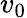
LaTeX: v_{0}